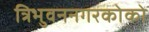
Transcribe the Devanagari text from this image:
त्रिभुवननगरकोको